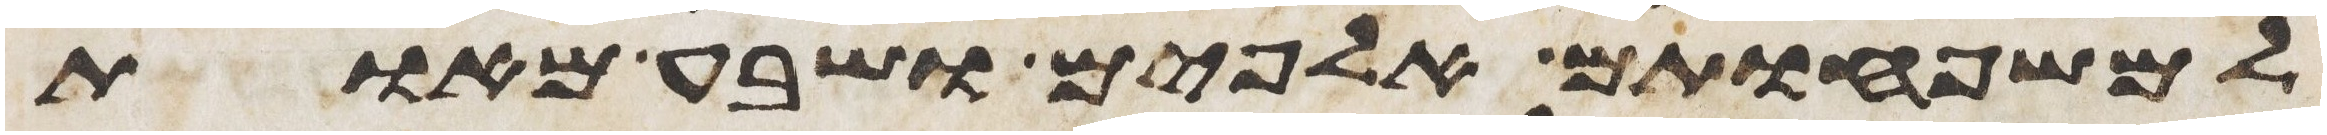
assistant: למשפחותם אלפים ושבע מאות